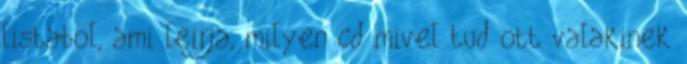
listabol, ami leirja, milyen cd mivel tud ott valakinek